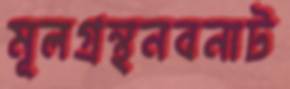
মূলগ্রন্থনবনাট